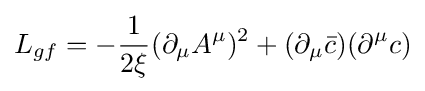
L_{gf}=-{\frac {1}{2\xi }}(\partial _{\mu }A^{\mu })^{2}+(\partial _{\mu }{\bar {c}})(\partial ^{\mu }c)